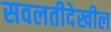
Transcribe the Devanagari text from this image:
सवलतीदेखील